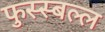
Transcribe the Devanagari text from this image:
फुस्स्बल्ल